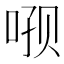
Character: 𫪑